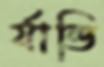
র‍্যান্ডি